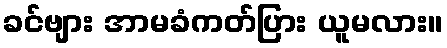
ခင်ဗျား အာမခံကတ်ပြား ယူမလား။